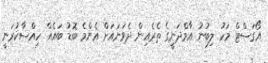
އޯގަސްޓް މަހު ލިބުނު އާމްދަނީގެ ތެރެއިން ދެވަނައަށް އެންމެ ބޮޑު ބައެއް ހިއްސާކުރަނީ